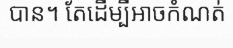
បាន។ តែដើម្បីអាចកំណត់